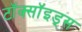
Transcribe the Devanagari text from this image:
टॉक्सॉइड्स